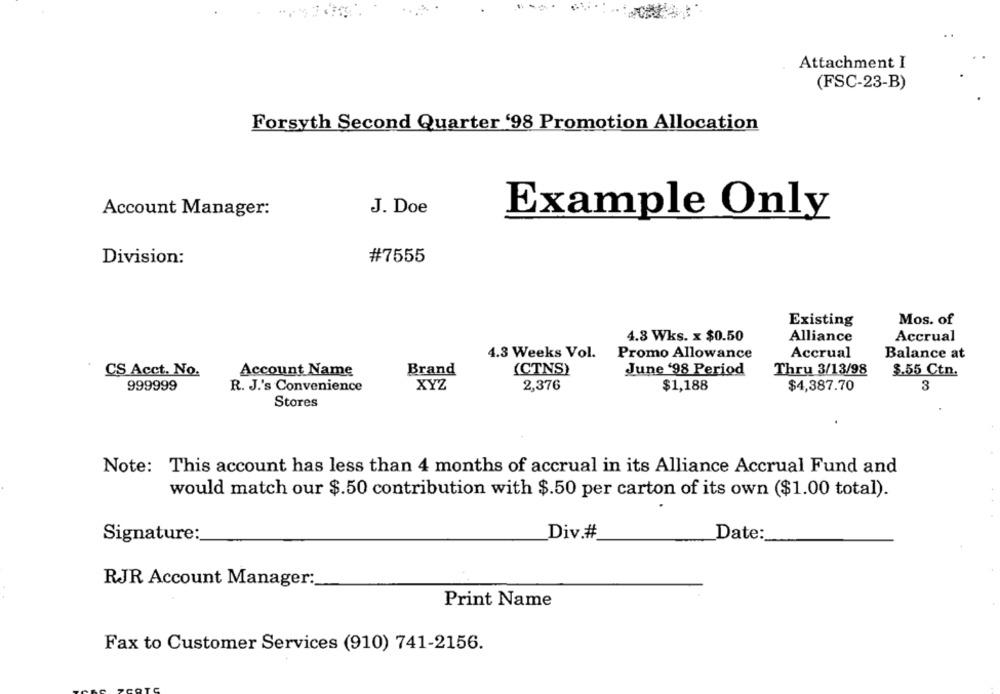
Attachment I
(FSC-23-B)
Forsyth Second Quarter '98 Promotion Allocation
Account Manager:
J. Doe
Example Only
Division:
#7555
Existing
Mos. of
4.3 Wks. x $0.50
Alliance
Accrual
4.3 Weeks Vol.
Promo Allowance
Accrual
Balance at
CS Acct. No.
Account Name
Brand
(CTNS)
June '98 Period
Thru 3/13/98
$.55 Ctn.
999999
R. J.'s Convenience
XYZ
2,376
$1,188
$4,387.70
3
Stores
Note: This account has less than 4 months of accrual in its Alliance Accrual Fund and
would match our $.50 contribution with $.50 per carton of its own ($1.00 total).
Div.#
Signature:
Date :_
RJR Account Manager:
Print Name
Fax to Customer Services (910) 741-2156.